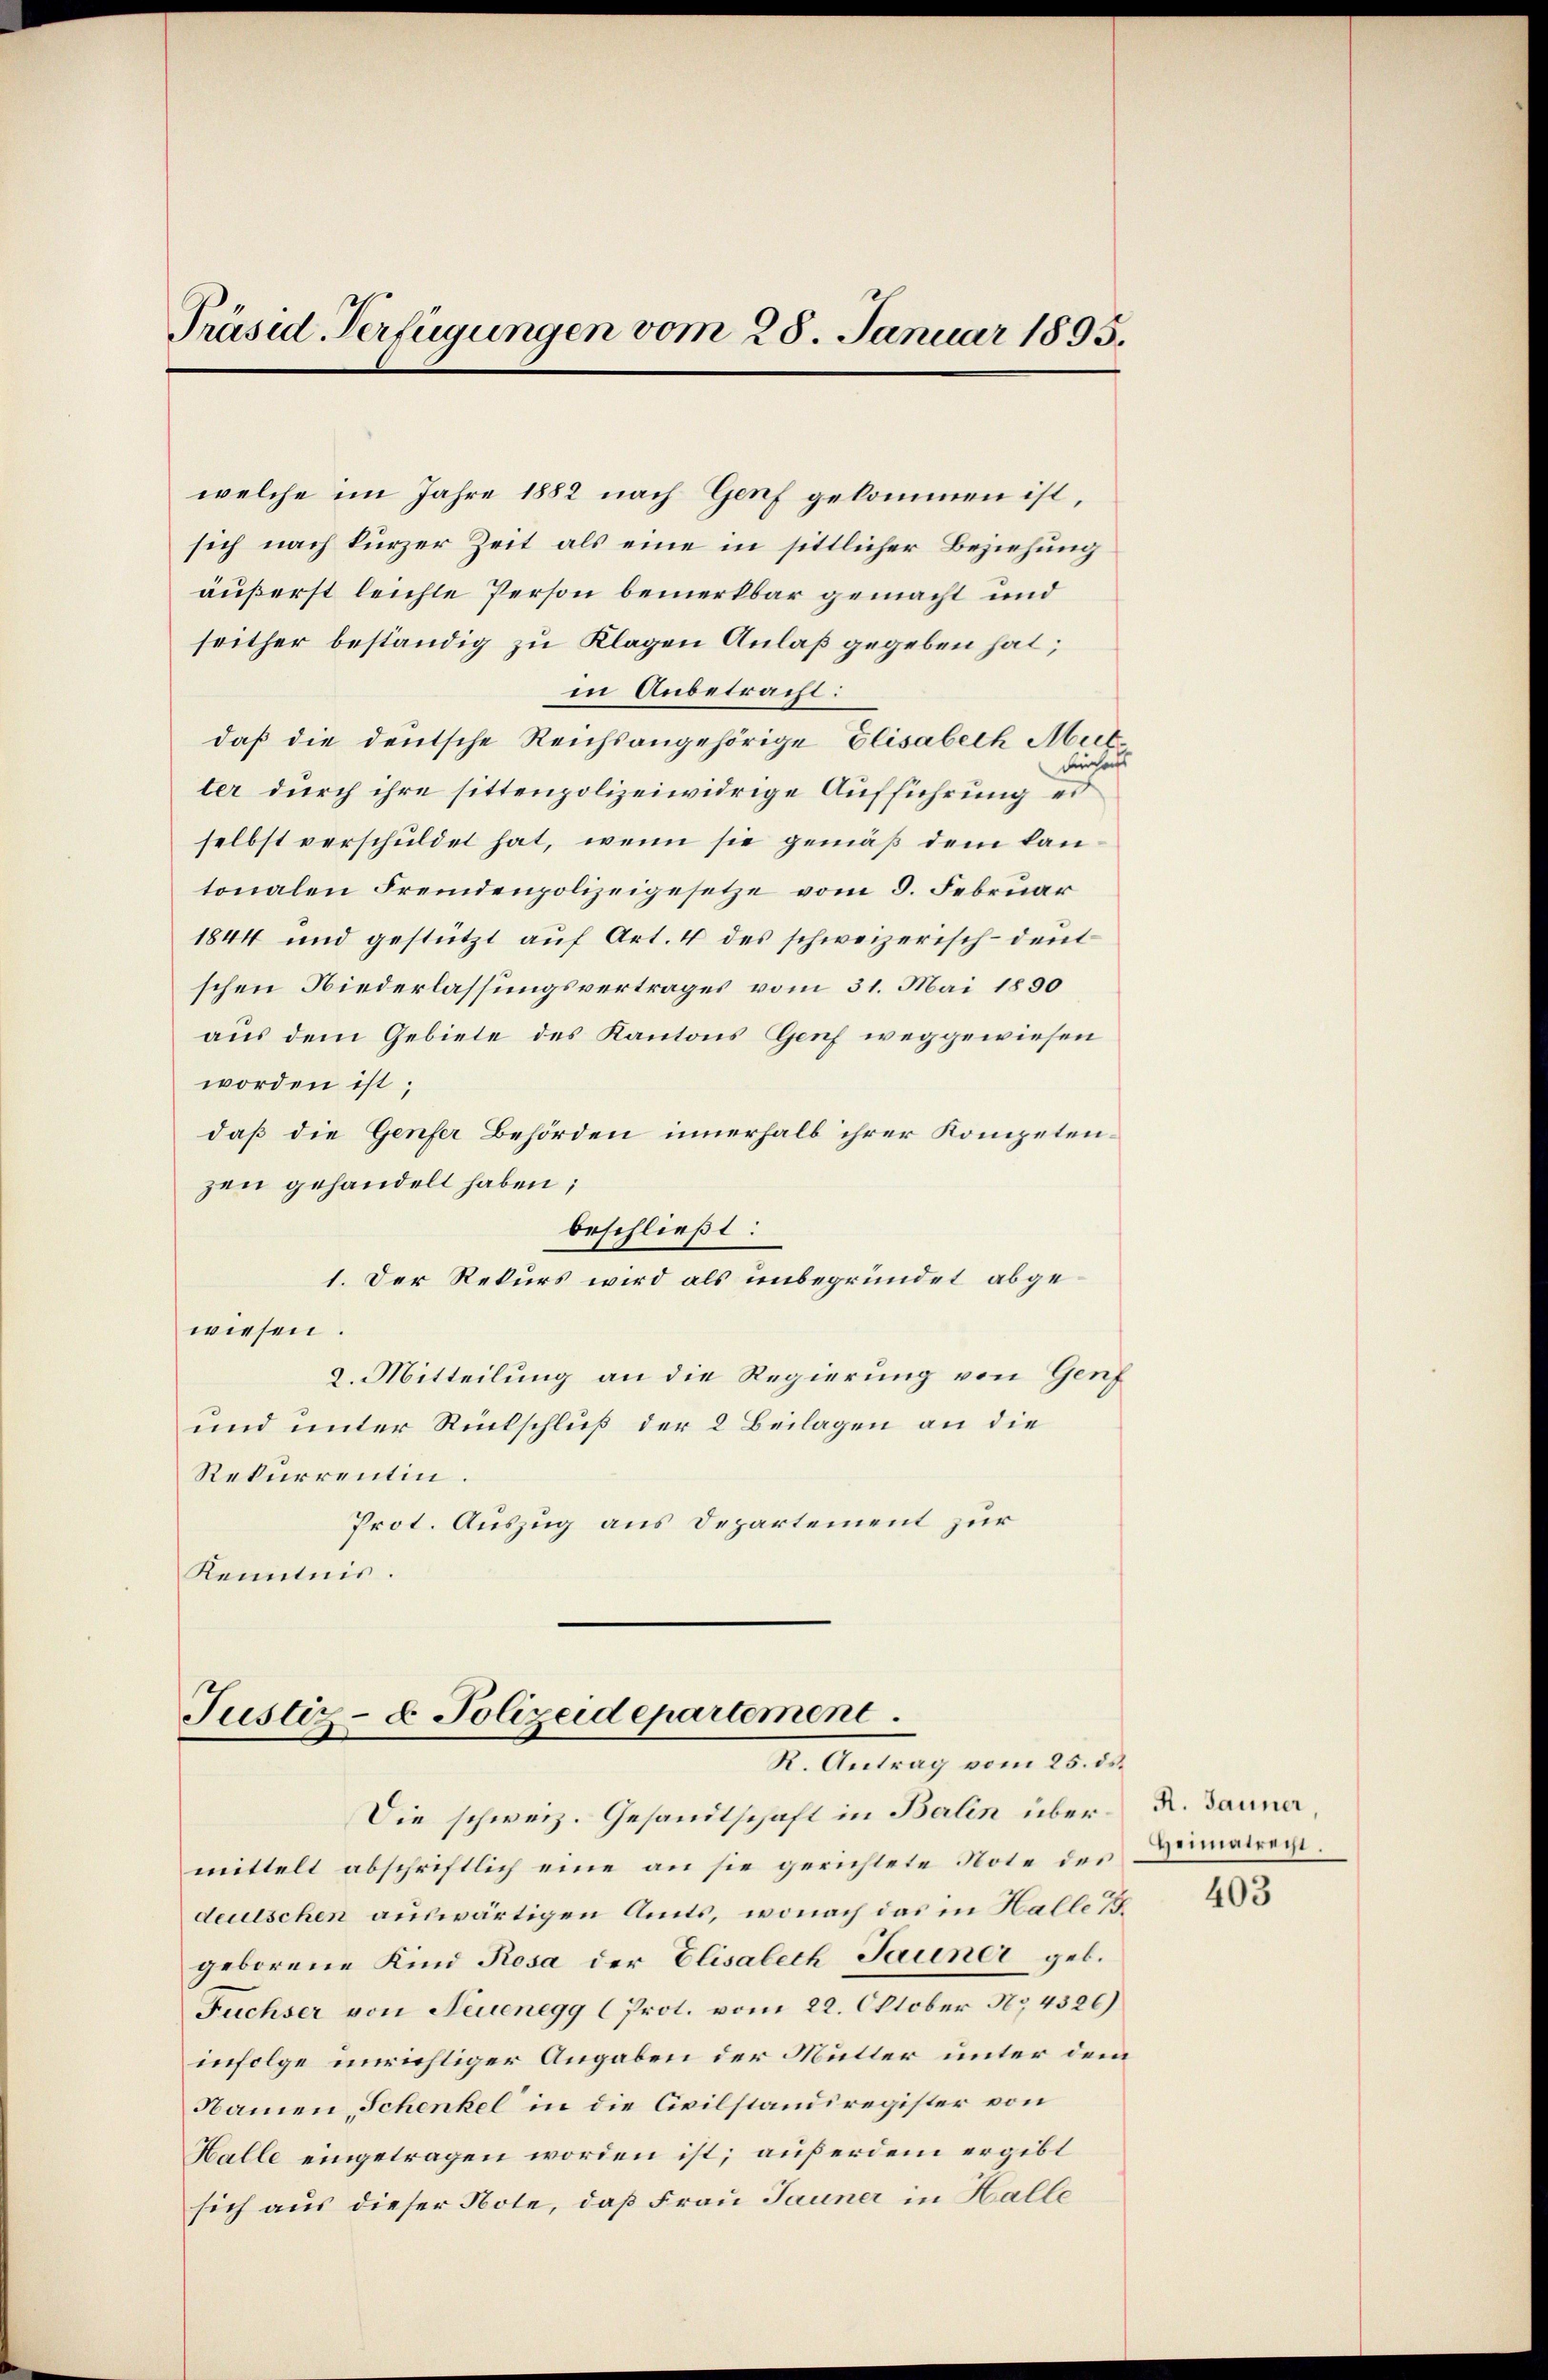
Präsid. Verfügungen vom 28. Januar 1895.

welche im Jahre 1882 nach Genf gekommen ist,
sich nach kurzer Zeit als eine in sittlicher Beziehung
äußerst leichte Person bemerkbar gemacht und
seither beständig zu Klagen Anlaß gegeben hat;

in Anbetracht:
daß die deutsche Reichsangehörige Elisabeth Mut
Fürchen
ter durch ihre sittenpolizeiwidrige Aufführung es
selbst verschuldet hat, wenn sie gemäß dem kantonalen Fremdenpolizeigesetze vom 3. Februar
1844 und gestützt auf Art. 4 des schweizerisch-deut
schen Niederlassungsvertrages vom 31. Mai 1890
aus dem Gebiete des Kantons Genf weggewiesen
worden ist;
daß die Genfer Behörden innerhalb ihrer Kompetenzen gehandelt haben;
beschließt:
1. Der Rekurs wird als unbegründet abgewiesen.
2. Mitteilung an die Regierung von Genf
und unter Rückschluß der 2 Beilagen an die
Rekurrentin.
Prot. Auszug aus Departement zur
Kenntnis.

Justiz- & Polizeidepartement.
R. Antrag vom 25. ds.

Die schweiz. Gesandtschaft in Balin über¬

mittelt abschriftlich eine an sie gerichtete Note des
deutschen auswärtigen Amts, wonach das in Halle d
geborene Kind Rosa der Elisalech Jauner geb.
Fuchser von Neuenegg (Prot. vom 22. Oktober 1874526)
infolge unrichtiger Angaben der Mütter unter dem
Namen, Schenkel in die Civilstandiregister von
Halle eingetragen worden ist; außerdem ergibt
sich aus dieser Note, daß Frau Jauner in Halle

R. Jauner,
Heimatrecht.

403